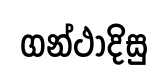
ගන්ථාදිසු